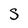
Character: S